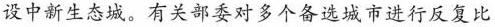
设中新生态城。有关部委对多个备选城市进行反复比